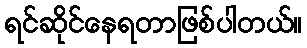
ရင်ဆိုင်နေရတာဖြစ်ပါတယ်။